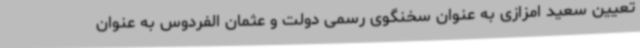
تعیین سعید امزازی به عنوان سخنگوی رسمی دولت و عثمان الفردوس به عنوان